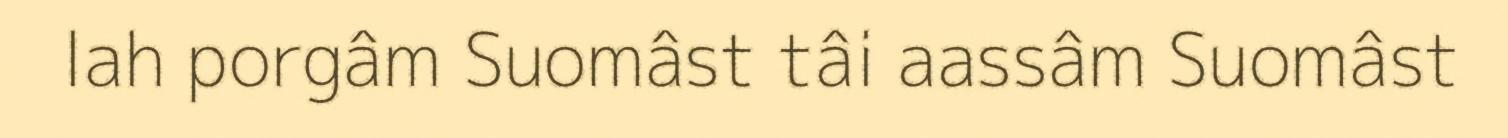
lah porgâm Suomâst tâi aassâm Suomâst